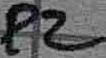
Text: P2